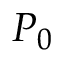
P _ { 0 }